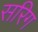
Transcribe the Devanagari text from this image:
सरिग